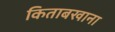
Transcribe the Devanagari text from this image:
किताबखाना